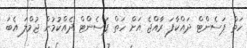
ހަތް ޕަސެންޓް ދައްކާފަ ރާއްޖެ އަށް ހަތް ޕަސެންޓް ދެއްކުމުން ޖުމްލަ އެބަ